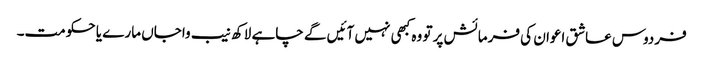
فردوس عاشق اعوان کی فرمائش پر تو وہ کبھی نہیں آئیں گے چاہے لاکھ نیب واجاں مارے یا حکومت۔